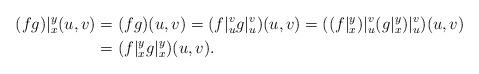
LaTeX: \begin{align*}(fg)|_{x}^{y}(u,v)&=(fg)(u,v)=(f|_u^vg|_u^v)(u,v)=((f|_x^y)|_u^v(g|_{x}^{y})|_u^v)(u,v)\\&=(f|_x^yg|_{x}^{y})(u,v).\end{align*}